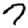
Digit: 7